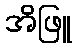
အိဖြူ